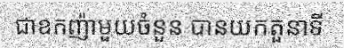
ជាឧកញ៉ាមួយចំនួន បានយកតួនាទី